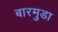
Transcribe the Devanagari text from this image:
बारमुडा